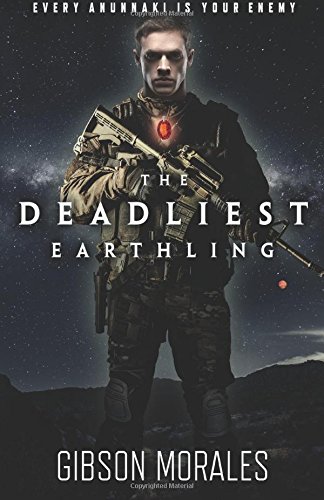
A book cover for The Deadliest Earthling (The Aldrinverse) (Volume 1); Gibson Morales; Science Fiction & Fantasy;